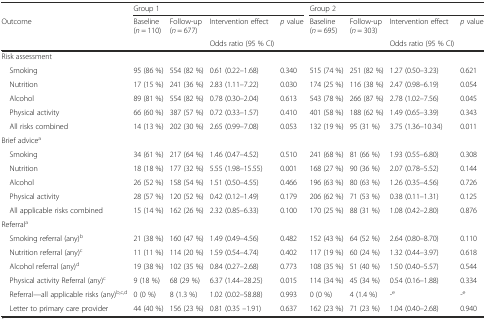
<table><thead><tr><td></td><td colspan="4"><b>Group 1</b></td><td colspan="4"><b>Group 2</b></td></tr><tr><td><b>Outcome</b></td><td><b>Baseline (<i>n</i> = 110)</b></td><td><b>Follow-up (<i>n</i> = 677)</b></td><td><b>Intervention effect</b></td><td><b><i>p</i> value</b></td><td><b>Baseline (<i>n</i> = 695)</b></td><td><b>Follow-up (<i>n</i> = 303)</b></td><td><b>Intervention effect</b></td><td><b><i>p</i> value</b></td></tr><tr><td></td><td></td><td></td><td><b>Odds ratio (95 % CI)</b></td><td></td><td></td><td></td><td><b>Odds ratio (95 % CI)</b></td><td></td></tr></thead><tbody><tr><td>Risk assessment</td><td></td><td></td><td></td><td></td><td></td><td></td><td></td><td></td></tr><tr><td> Smoking</td><td>95 (86 %)</td><td>554 (82 %)</td><td>0.61 (0.22–1.68)</td><td>0.340</td><td>515 (74 %)</td><td>251 (82 %)</td><td>1.27 (0.50–3.23)</td><td>0.621</td></tr><tr><td> Nutrition</td><td>17 (15 %)</td><td>241 (36 %)</td><td>2.83 (1.11–7.22)</td><td>0.030</td><td>174 (25 %)</td><td>116 (38 %)</td><td>2.47 (0.98–6.19)</td><td>0.054</td></tr><tr><td> Alcohol</td><td>89 (81 %)</td><td>554 (82 %)</td><td>0.78 (0.30–2.04)</td><td>0.613</td><td>543 (78 %)</td><td>266 (87 %)</td><td>2.78 (1.02–7.56)</td><td>0.045</td></tr><tr><td> Physical activity</td><td>66 (60 %)</td><td>387 (57 %)</td><td>0.72 (0.33–1.57)</td><td>0.410</td><td>401 (58 %)</td><td>188 (62 %)</td><td>1.49 (0.65–3.39)</td><td>0.343</td></tr><tr><td> All risks combined</td><td>14 (13 %)</td><td>202 (30 %)</td><td>2.65 (0.99–7.08)</td><td>0.053</td><td>132 (19 %)</td><td>95 (31 %)</td><td>3.75 (1.36–10.34)</td><td>0.011</td></tr><tr><td>Brief advice<sup>a</sup></td><td></td><td></td><td></td><td></td><td></td><td></td><td></td><td></td></tr><tr><td> Smoking</td><td>34 (61 %)</td><td>217 (64 %)</td><td>1.46 (0.47–4.52)</td><td>0.510</td><td>241 (68 %)</td><td>81 (66 %)</td><td>1.93 (0.55–6.80)</td><td>0.308</td></tr><tr><td> Nutrition</td><td>18 (18 %)</td><td>177 (32 %)</td><td>5.55 (1.98–15.55)</td><td>0.001</td><td>168 (27 %)</td><td>90 (36 %)</td><td>2.07 (0.78–5.52)</td><td>0.144</td></tr><tr><td> Alcohol</td><td>26 (52 %)</td><td>158 (54 %)</td><td>1.51 (0.50–4.55)</td><td>0.466</td><td>196 (63 %)</td><td>80 (63 %)</td><td>1.26 (0.35–4.56)</td><td>0.726</td></tr><tr><td> Physical activity</td><td>28 (57 %)</td><td>120 (52 %)</td><td>0.42 (0.12–1.49)</td><td>0.179</td><td>206 (62 %)</td><td>71 (53 %)</td><td>0.38 (0.11–1.31)</td><td>0.125</td></tr><tr><td> All applicable risks combined</td><td>15 (14 %)</td><td>162 (26 %)</td><td>2.32 (0.85–6.33)</td><td>0.100</td><td>170 (25 %)</td><td>88 (31 %)</td><td>1.08 (0.42–2.80)</td><td>0.876</td></tr><tr><td>Referral<sup>a</sup></td><td></td><td></td><td></td><td></td><td></td><td></td><td></td><td></td></tr><tr><td> Smoking referral (any)<sup>b</sup></td><td>21 (38 %)</td><td>160 (47 %)</td><td>1.49 (0.49–4.56)</td><td>0.482</td><td>152 (43 %)</td><td>64 (52 %)</td><td>2.64 (0.80–8.70)</td><td>0.110</td></tr><tr><td> Nutrition referral (any)<sup>c</sup></td><td>11 (11 %)</td><td>114 (20 %)</td><td>1.59 (0.54–4.74)</td><td>0.402</td><td>117 (19 %)</td><td>60 (24 %)</td><td>1.32 (0.44–3.97)</td><td>0.618</td></tr><tr><td> Alcohol referral (any)<sup>d</sup></td><td>19 (38 %)</td><td>102 (35 %)</td><td>0.84 (0.27–2.68)</td><td>0.773</td><td>108 (35 %)</td><td>51 (40 %)</td><td>1.50 (0.40–5.57)</td><td>0.544</td></tr><tr><td> Physical activity Referral (any)<sup>c</sup></td><td>9 (18 %)</td><td>68 (29 %)</td><td>6.37 (1.44–28.25)</td><td>0.015</td><td>114 (34 %)</td><td>45 (34 %)</td><td>0.54 (0.16–1.88)</td><td>0.334</td></tr><tr><td> Referral—all applicable risks (any)<sup>b,c,d</sup></td><td>0 (0 %)</td><td>8 (1.3 %)</td><td>1.02 (0.02–58.88)</td><td>0.993</td><td>0 (0 %)</td><td>4 (1.4 %)</td><td>-<sup>e</sup></td><td>-<sup>e</sup></td></tr><tr><td> Letter to primary care provider</td><td>44 (40 %)</td><td>156 (23 %)</td><td>0.81 (0.35 –1.91)</td><td>0.637</td><td>162 (23 %)</td><td>71 (23 %)</td><td>1.04 (0.40–2.68)</td><td>0.940</td></tr></tbody></table>